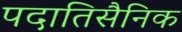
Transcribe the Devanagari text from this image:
पदातिसैनिक